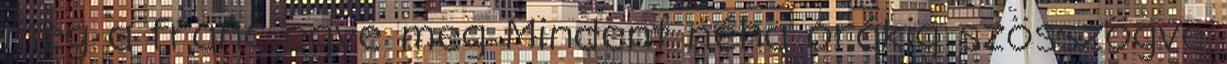
meg a franc egye meg Mindent néha órákig szösszögve